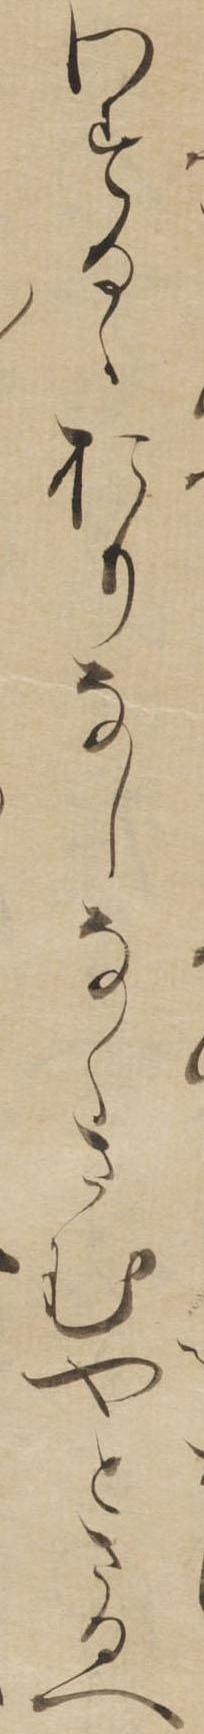
わするゝおりなしなくさむやとさるへ